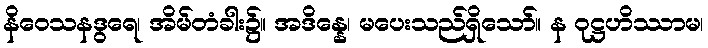
နိဝေသနဒွရေ၊ အိမ်တံခါး၌။ အဒိန္နေ၊ မပေးသည်ရှိသော်။ န ဝုဋ္ဌဟိဿာမ၊